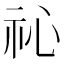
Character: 𥘚